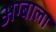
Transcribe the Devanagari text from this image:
अग्बाला